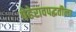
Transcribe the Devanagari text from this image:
पेहेरावपद्धतीला